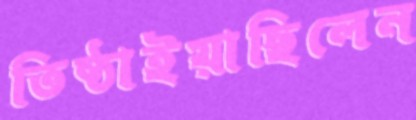
তিষ্ঠাইয়াছিলেন